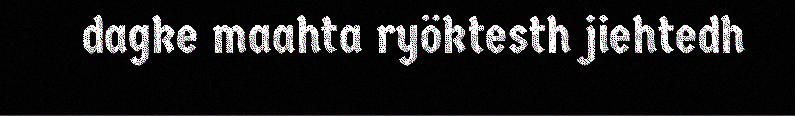
dagke maahta ryöktesth jiehtedh